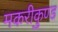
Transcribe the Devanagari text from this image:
मकरीकुण्‍ड